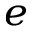
_ e